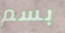
بسم